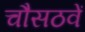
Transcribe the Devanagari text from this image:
चौसठवें